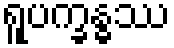
ရူပက္ခန္ဓဿ